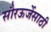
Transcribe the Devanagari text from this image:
सौरऊर्जेसाठी